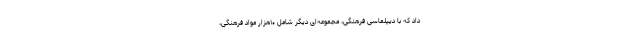
داد که با دیپلماسی فرهنگی، مجموعه‌ای دیگر شامل ۱۰هزار مواد فرهنگی،